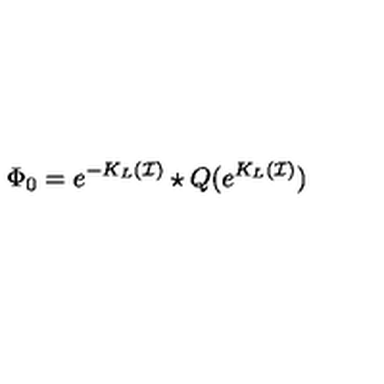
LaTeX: \Phi _ { 0 } = e ^ { - K _ { L } ( \mathcal { I } ) } \star Q ( e ^ { K _ { L } ( \mathcal { I } ) } )